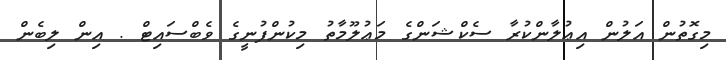
މިގޮތުން އަލުން އިޢުލާންކުރާ ސެކްޝަންގެ މަޢުލޫމާތު މިކުންފުނީގެ ވެބްސައިޓް . އިން ލިބެން